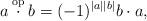
LaTeX: \begin{align*}a\overset{\mathrm{op}}{\cdot}b=(-1)^{|a||b|}b\cdot a,\end{align*}